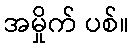
အမှိုက် ပစ်။